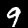
Digit: 9